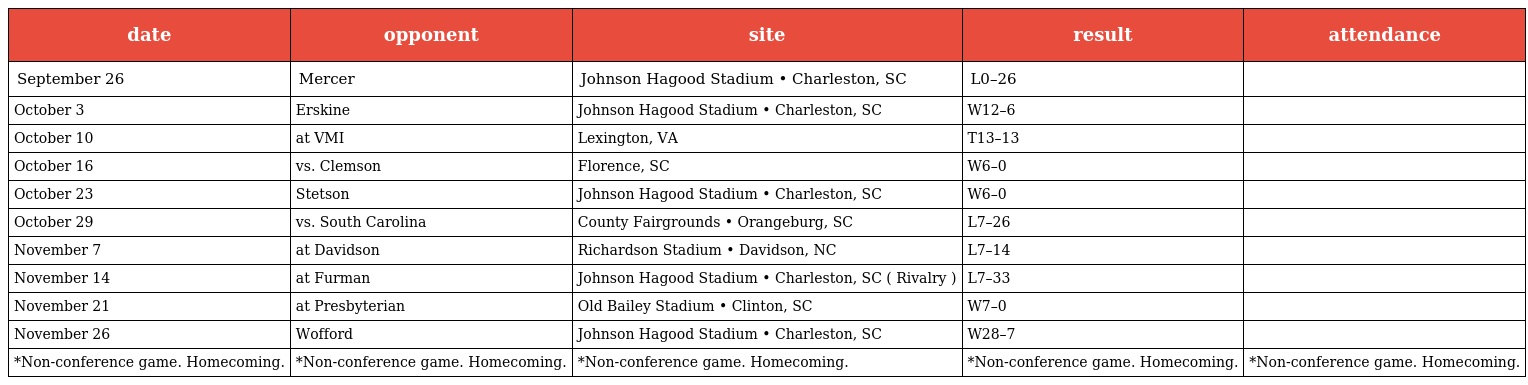
| date | opponent | site | result | attendance |
 | --- | --- | --- | --- | --- |
 | September 26 | Mercer | Johnson Hagood Stadium • Charleston, SC | L0–26 |  |
 | October 3 | Erskine | Johnson Hagood Stadium • Charleston, SC | W12–6 |  |
 | October 10 | at VMI | Lexington, VA | T13–13 |  |
 | October 16 | vs. Clemson | Florence, SC | W6–0 |  |
 | October 23 | Stetson | Johnson Hagood Stadium • Charleston, SC | W6–0 |  |
 | October 29 | vs. South Carolina | County Fairgrounds • Orangeburg, SC | L7–26 |  |
 | November 7 | at Davidson | Richardson Stadium • Davidson, NC | L7–14 |  |
 | November 14 | at Furman | Johnson Hagood Stadium • Charleston, SC ( Rivalry ) | L7–33 |  |
 | November 21 | at Presbyterian | Old Bailey Stadium • Clinton, SC | W7–0 |  |
 | November 26 | Wofford | Johnson Hagood Stadium • Charleston, SC | W28–7 |  |
 | *Non-conference game. Homecoming. | *Non-conference game. Homecoming. | *Non-conference game. Homecoming. | *Non-conference game. Homecoming. | *Non-conference game. Homecoming. |